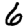
Digit: 6